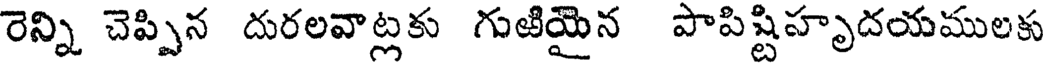
రెన్ని చెప్పిన దురలవాట్లకు గుఱియైన పాపిష్టిహృదయములకు